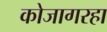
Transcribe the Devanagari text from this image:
कोजागरहा